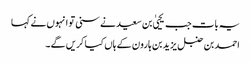
یہ بات جب یحییٰ بن سعید نے سنی تو انہوں نے کہا
احمد بن حنبل یزید بن ہارون کے ہاں کیا کریں گے۔